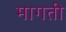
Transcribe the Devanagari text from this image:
मागती